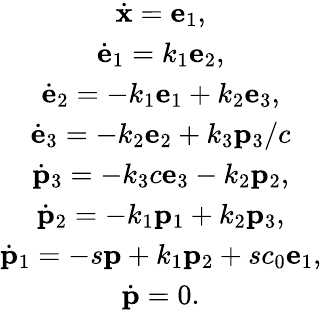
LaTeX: \begin{array}{c}{{\dot{\mathbf x}={\mathbf e}_{1},}}\\ {{{\dot{\mathbf e}}_{1}=k_{1}{\mathbf e}_{2},}}\\ {{{\dot{\mathbf e}}_{2}=-k_{1}{\mathbf e}_{1}+k_{2}{\mathbf e}_{3},}}\\ {{{\dot{\mathbf e}}_{3}=-k_{2}{\mathbf e}_{2}+k_{3}{\mathbf p}_{3}/c}}\\ {{{\dot{\mathbf p}}_{3}=-k_{3}c{\mathbf e}_{3}-k_{2}{\mathbf p}_{2},}}\\ {{{\dot{\mathbf p}}_{2}=-k_{1}{\mathbf p}_{1}+k_{2}{\mathbf p}_{3},}}\\ {{{\dot{\mathbf p}}_{1}=-s{\mathbf p}+k_{1}{\mathbf p}_{2}+sc_{0}{\mathbf e}_{1},}}\\ {{{\dot{\mathbf p}}=0.}}\end{array}